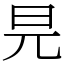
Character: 㫕